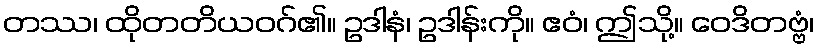
တဿ၊ ထိုတတိယဝဂ်၏။ ဥဒါနံ၊ ဥဒါန်းကို။ ဧဝံ၊ ဤသို့။ ဝေဒိတဗ္ဗံ၊